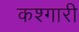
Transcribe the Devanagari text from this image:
कश्गारी